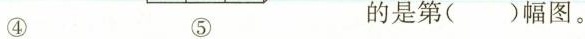
④ ⑤ 的是第()幅图。